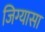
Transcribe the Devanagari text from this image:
जिग्यासा